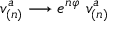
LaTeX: v _ { ( n ) } ^ { a } \longrightarrow e ^ { n \varphi } \ v _ { ( n ) } ^ { a }